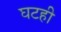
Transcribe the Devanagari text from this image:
घटही